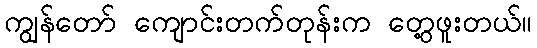
ကျွန်တော် ကျောင်းတက်တုန်းက တွေ့ဖူးတယ်။